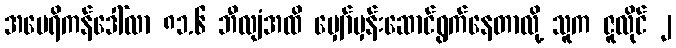
အမေရိကန်ဒေါ်လာ ၈၁.၆ ဘီလျံအထိ မျှော်မှန်းဆောင်ရွက်နေတာလို့ သူက ဇူလိုင် ၂